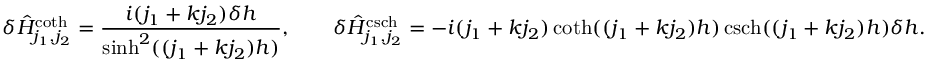
\delta \hat { H } _ { j _ { 1 } , j _ { 2 } } ^ { \coth } = \frac { i ( j _ { 1 } + k j _ { 2 } ) \delta h } { \sinh ^ { 2 } ( ( j _ { 1 } + k j _ { 2 } ) h ) } , \qquad \delta \hat { H } _ { j _ { 1 } , j _ { 2 } } ^ { \operatorname { c s c h } } = - i ( j _ { 1 } + k j _ { 2 } ) \coth ( ( j _ { 1 } + k j _ { 2 } ) h ) \operatorname { c s c h } ( ( j _ { 1 } + k j _ { 2 } ) h ) \delta h .